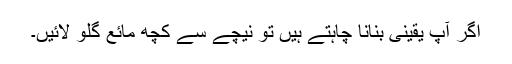
اگر آپ یقینی بنانا چاہتے ہیں تو نیچے سے کچھ مائع گلو لائیں۔